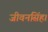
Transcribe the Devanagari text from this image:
जीवनसिंह।